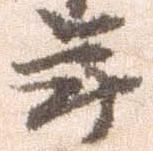
年